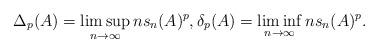
LaTeX: \begin{align*}\Delta_p(A)=\limsup_{n\to\infty} ns_n(A)^p,\delta_p(A)=\liminf_{n\to\infty} ns_n(A)^p.\end{align*}